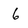
Character: 6